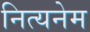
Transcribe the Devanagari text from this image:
नित्यनेम